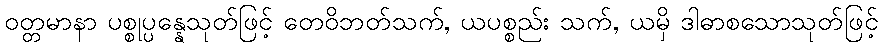
ဝတ္တမာနာ ပစ္စုပ္ပန္နေသုတ်ဖြင့် တေဝိဘတ်သက်, ယပစ္စည်း သက်, ယမှိ ဒါဓာစသောသုတ်ဖြင့်